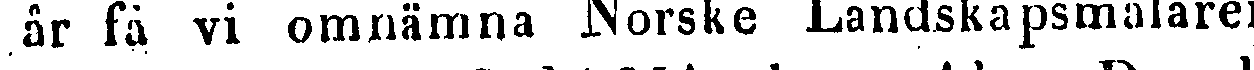
år få vi omnämna Norske Landskapsmålaren